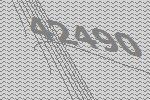
42490